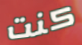
كنت